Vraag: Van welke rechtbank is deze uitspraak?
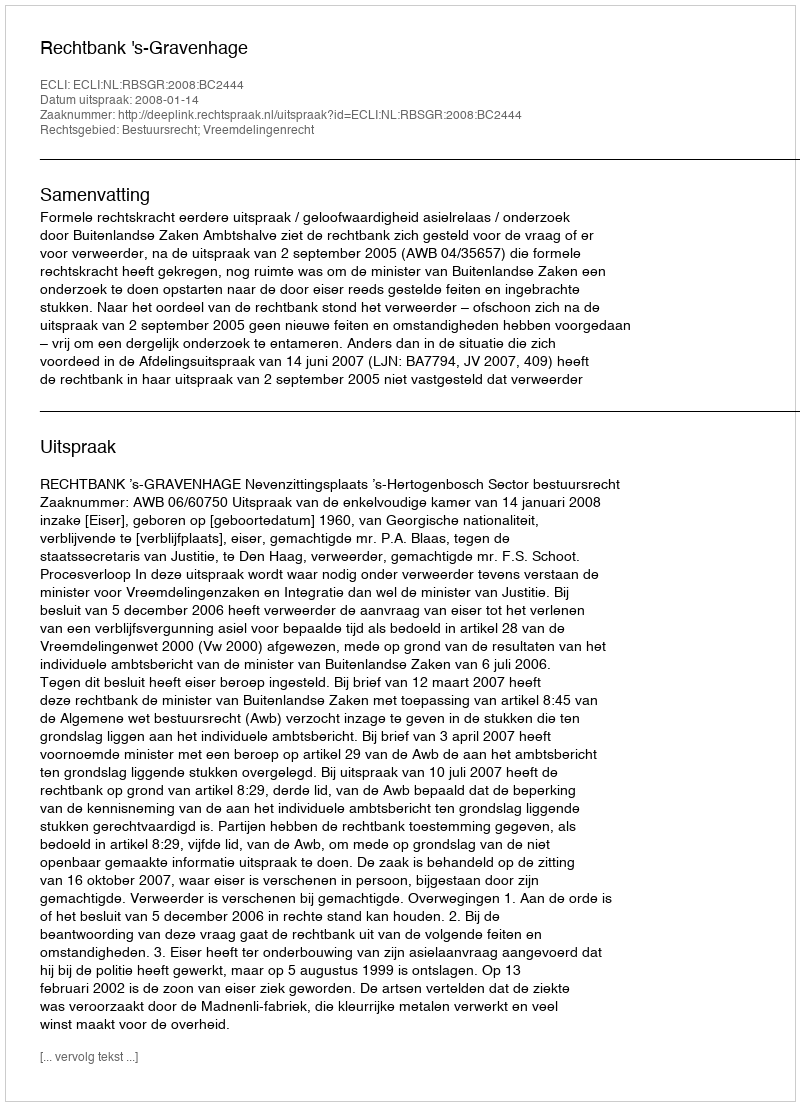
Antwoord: Rechtbank 's-Gravenhage